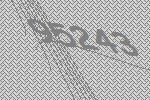
95243